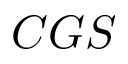
C G S